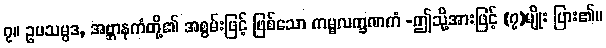
၇။ ဥပသမ္ပဒ, အဗ္ဘာနကံတို့၏ အစွမ်းဖြင့် ဖြစ်သော ကမ္မလက္ခဏကံ -ဤသို့အားဖြင့် (၇)မျိုး ပြား၏။